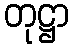
တုဋ္ဌာ